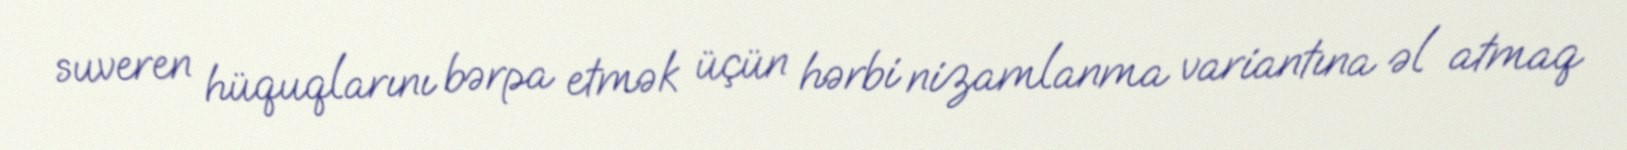
suveren hüquqlarını bərpa etmək üçün hərbi nizamlanma variantına əl atmaq